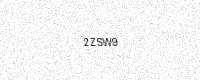
Text: 2ZSW9